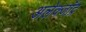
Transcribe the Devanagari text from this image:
अलेक्जाँद्र